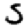
Digit: 5